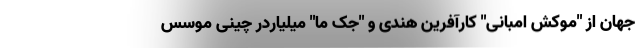
جهان از "موکش امبانی" کارآفرین هندی و "جک ما" میلیاردر چینیِ موسس